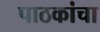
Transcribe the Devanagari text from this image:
पाठकांचा